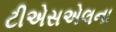
ટીએસએલના